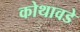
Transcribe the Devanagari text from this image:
कोथावडे